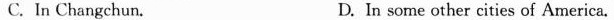
C. In Changchun. D.In some other cities of America.